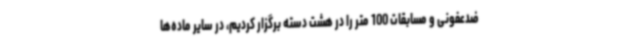
ضدعفونی و مسابقات 100 متر را در هشت دسته برگزار کردیم، در سایر ماده‌ها